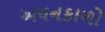
અયનકાળો